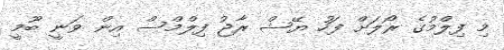
މި ފިލްމުގެ ރޯލަށް ފަހު ޔޭޝް ރާޖު ފިލްމްސް އިން ވަނީ ބޫމީ